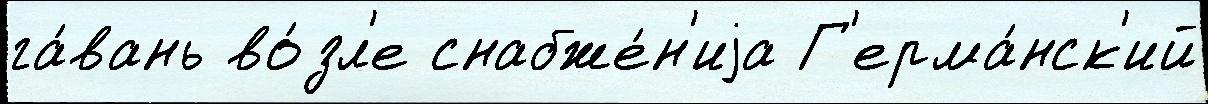
га́вань во́зл'е снабже́н'иjа Г'ерма́нск'ий